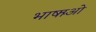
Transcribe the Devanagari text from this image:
भाषाओें